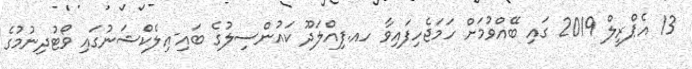
13 އެޕްރީލް 2019 ގައި ބޭއްވުމަށް ހަމަޖެހިފައިވާ ހއ.ފިއްލަދޫ ކައުންސިލުގެ ބައި-އިލެކްޝަނުގައި ވޯޓުދިނުމުގެ